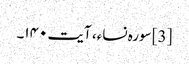
[3] سورہ نساء، آیت ۱۴۰۔